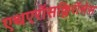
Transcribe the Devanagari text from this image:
एथएरॉसक्लिरॉसेस